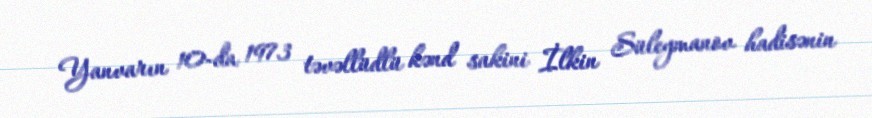
Yanvarın 10-da 1973 təvəllüdlü kənd sakini İlkin Süleymanov hadisənin